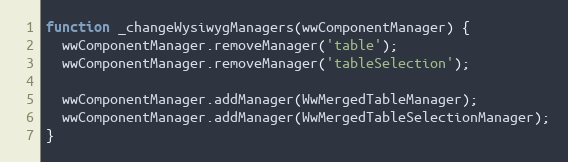
Language: JavaScript
function _changeWysiwygManagers(wwComponentManager) {
  wwComponentManager.removeManager('table');
  wwComponentManager.removeManager('tableSelection');

  wwComponentManager.addManager(WwMergedTableManager);
  wwComponentManager.addManager(WwMergedTableSelectionManager);
}